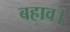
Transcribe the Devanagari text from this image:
बहाव।